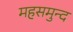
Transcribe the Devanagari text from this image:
महसमुन्द